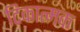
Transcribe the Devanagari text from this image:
टिकात्मक